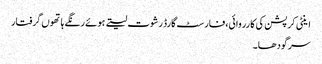
اینٹی کرپشن کی کارروائی،فارسٹ گارڈ رشوت لیتے ہوئے رنگے ہاتھوں گرفتار
سرگودھا۔